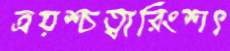
ত্রয়শ্চত্বারিংশৎ